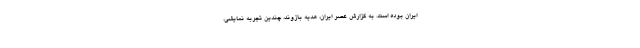
ایران بوده است. به گزارش عصر ایران، هدیه بازوند، چندین تجربه نمایشی،